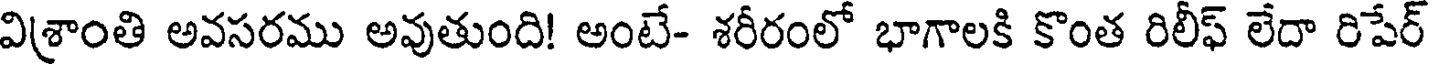
విశ్రాంతి అవసరము అవుతుంది! అంటే- శరీరంలో భాగాలకి కొంత రిలీఫ్ లేదా రిపేర్